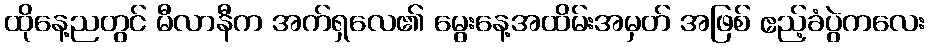
ထိုနေ့ညတွင် မီလာနီက အက်ရှလေ၏ မွေးနေ့အထိမ်းအမှတ် အဖြစ် ဧည့်ခံပွဲကလေး